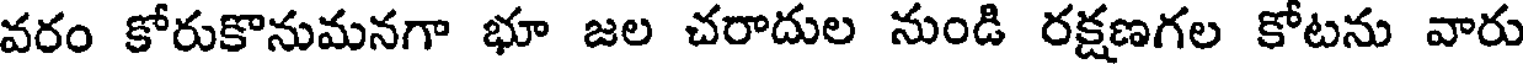
వరం కోరుకొనుమనగా భూ జల చరాదుల నుండి రక్షణగల కోటను వారు